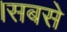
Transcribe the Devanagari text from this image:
।सबसे